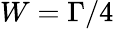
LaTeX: W=\Gamma/4